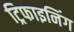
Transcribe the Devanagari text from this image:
ट्रिफाइनिंग